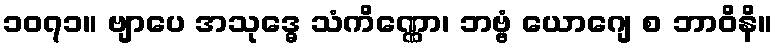
၁၀၇၁။ ဗျာပေ အသုဒ္ဓေ သံကိဏ္ဏော၊ ဘဗ္ဗံ ယောဂျေ စ ဘာဝိနိ။